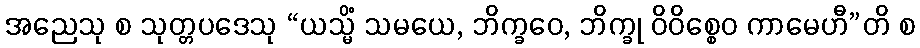
အညေသု စ သုတ္တပဒေသု “ယသ္မိံ သမယေ, ဘိက္ခဝေ, ဘိက္ခု ဝိဝိစ္စေဝ ကာမေဟီ”တိ စ